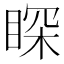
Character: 𮵈